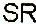
SR